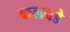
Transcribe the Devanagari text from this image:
कलवडे